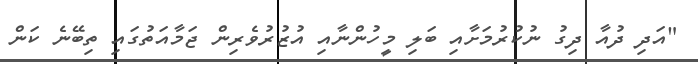
"އަދި ދުއާ ދިގު ނުކުރުމަށާއި ބަލި މީހުންނާއި އުޒުރުވެރިން ޖަމާއަތުގައި ތިބޭނެ ކަން